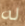
له